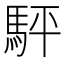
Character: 駍